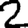
Digit: 2